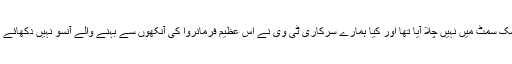
وہ بھٹو کی روح سے پوچھیں کہ ا سے شاہ فیصل کی ضرورت پڑی تھی تو کیا وہ کشاں کشاں اسلامک سمٹ میں نہیں چلا آیا تھا اور کیا ہمارے سرکاری ٹی وی نے اس عظیم فرمانروا کی آنکھوں سے بہنے والے آنسو نہیں دکھائے تھے جو اس نے کشمیر کی غلامی کے ذکر پر لاہور کی بادشاہی مسجد کے صحن میں بہائے تھے۔